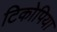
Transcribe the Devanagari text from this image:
टिकोपिया